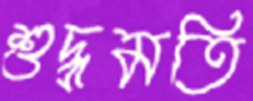
শুদ্ধমতি